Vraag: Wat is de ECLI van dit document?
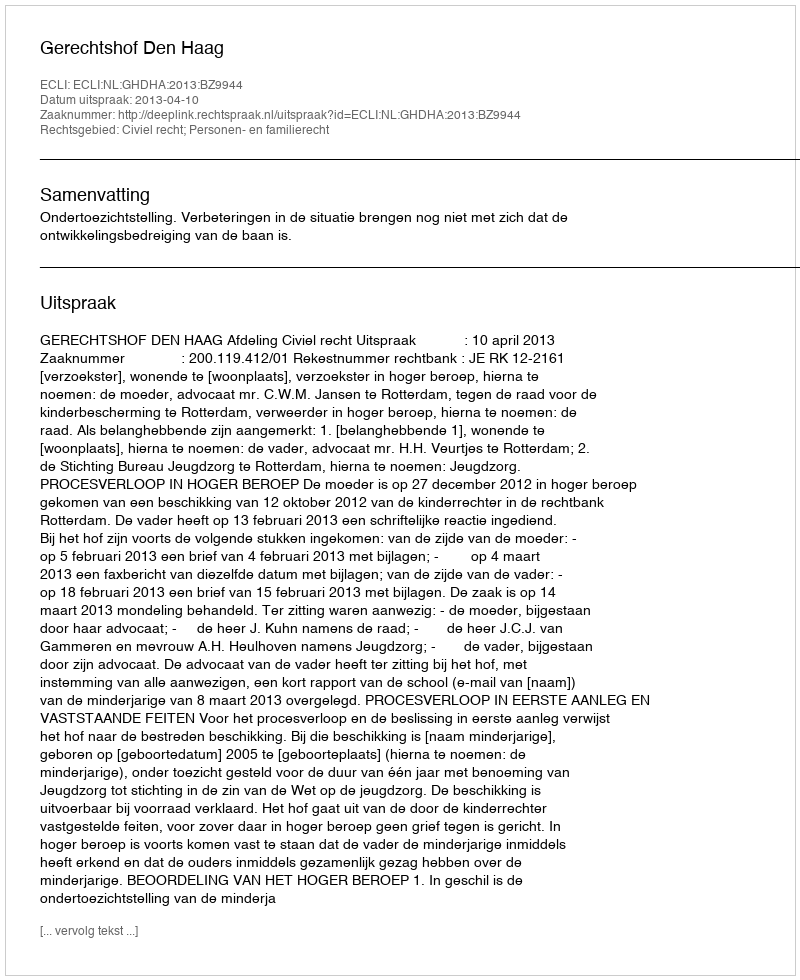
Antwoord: ECLI:NL:GHDHA:2013:BZ9944